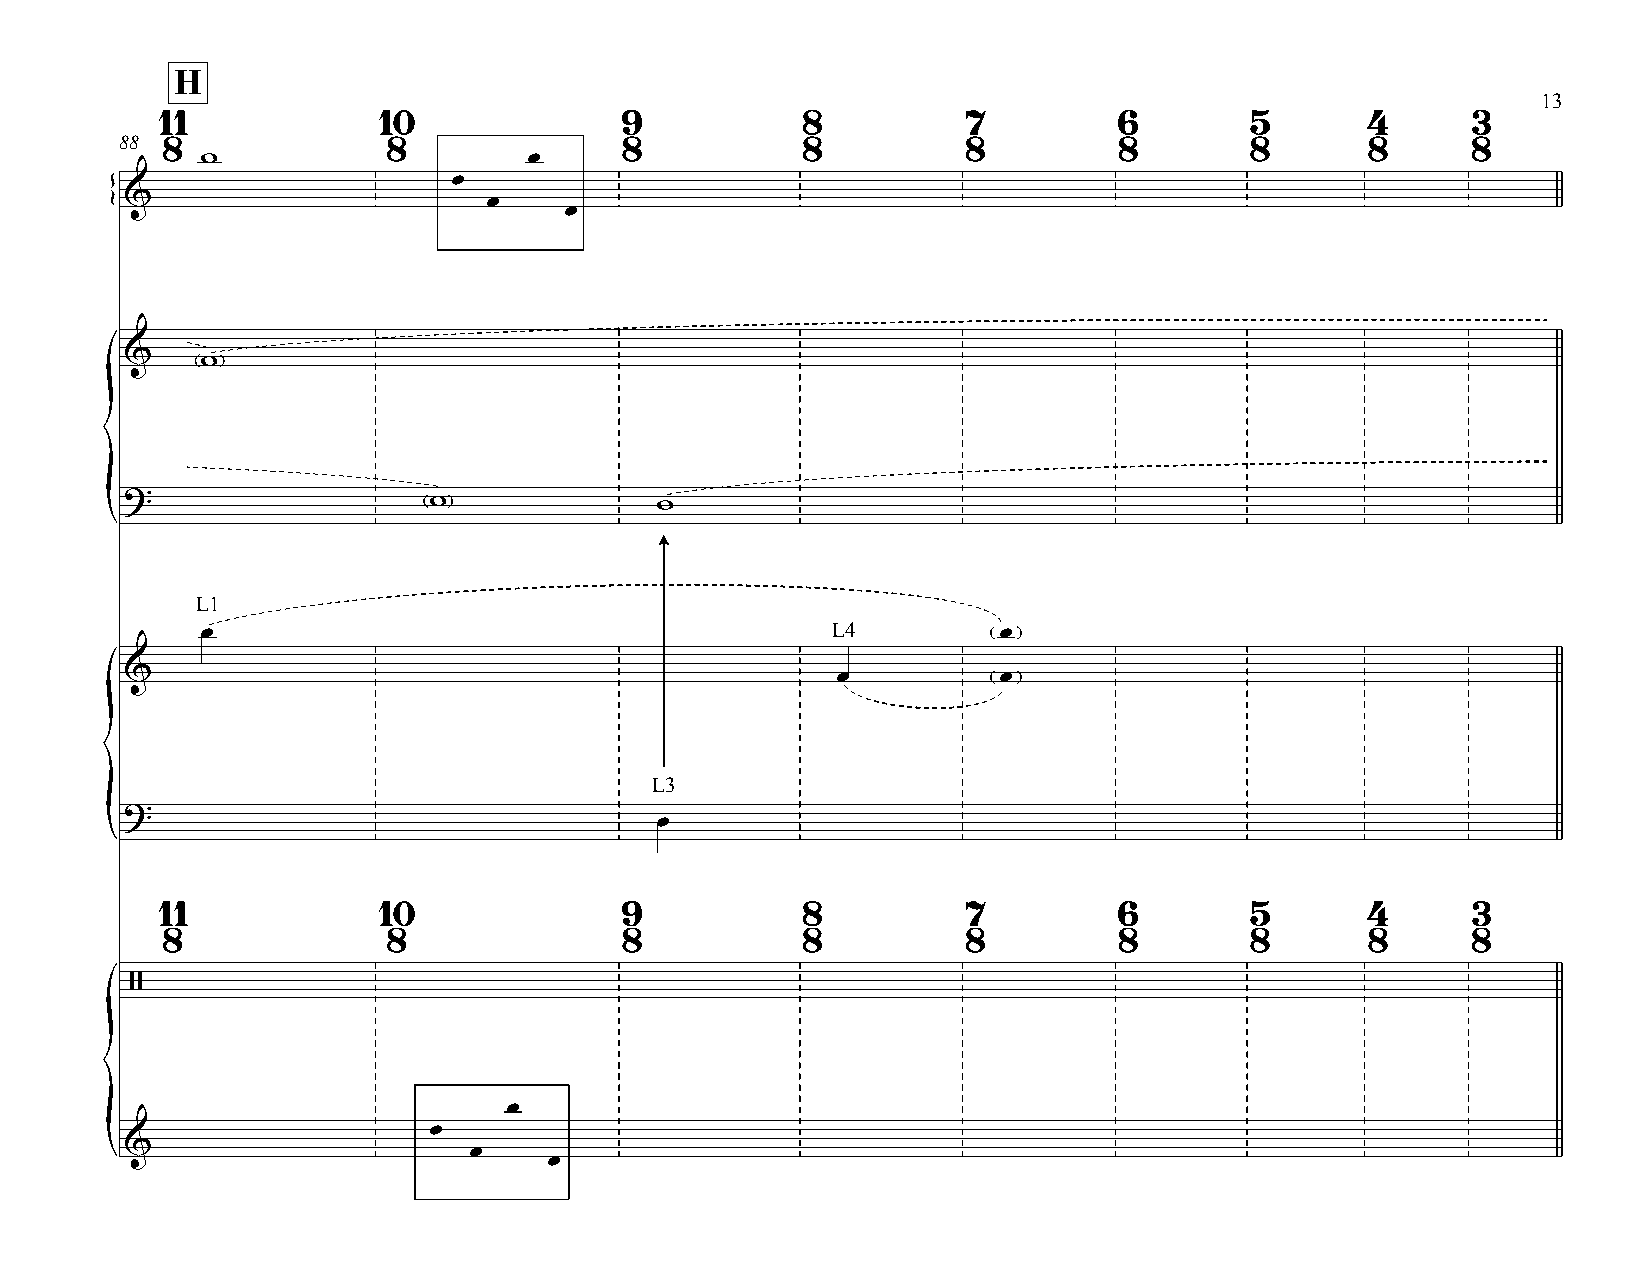
H
 13
 11            10              9           8          7         6        5      4      3
 88 8              8              8           8          8         8        8       8     8
 w                     œ
 œ
 &                       œ
 {                             œ
 &    w
 ?                   w              w
 {
 L1
 œ                                         L4         œ
 &                                              œ          œ
 L3
 ?
 œ
 {
 11            10              9           8          7         6        5      4      3
 8              8              8           8          8         8        8       8     8
 /
 œ
 œ
 &                      œ
 {                            œ